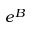
e ^ { B }